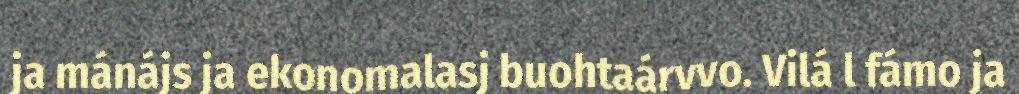
ja mánájs ja ekonomalasj buohtaárvvo. Vilá l fámo ja